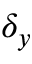
\delta _ { y }